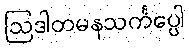
ဩဒါတမနသင်္ကပ္ပေါ